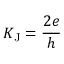
K _ { \mathrm { J } } = { \frac { 2 e } { h } }